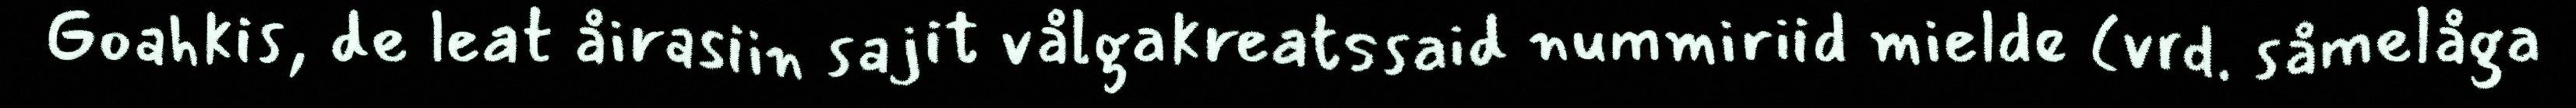
Goahkis, de leat åirasiin sajit vålgakreatssaid nummiriid mielde (vrd. såmelåga